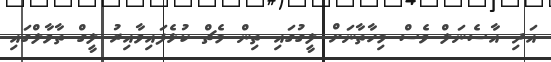
އަދި އާސެނަލް ވެސް މިހާތާނަށް ލީގުގައި ތިން މެޗް ކުޅެފައިވާއިރު ލީގް ތާވާލްގައި